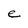
Character: e